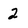
Character: 2